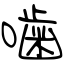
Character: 噛